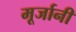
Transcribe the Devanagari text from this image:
मूर्जानी